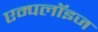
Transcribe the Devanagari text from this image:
एम्‍पलॉइज